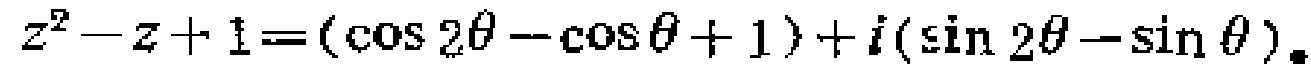
\(z^{2}-z + 1=(\cos 2\theta-\cos\theta + 1)+i(\sin 2\theta-\sin\theta)\)